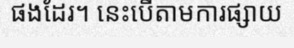
ផងដែរ។ នេះបើតាមការផ្សាយ